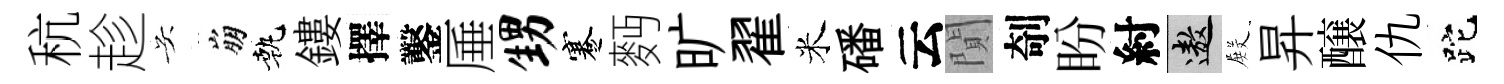
秔趁吴崩執鏤擇鑿厜甥蹇麪旷翟米磻云閴剞盼紂遨𭮺昇醸仇跎